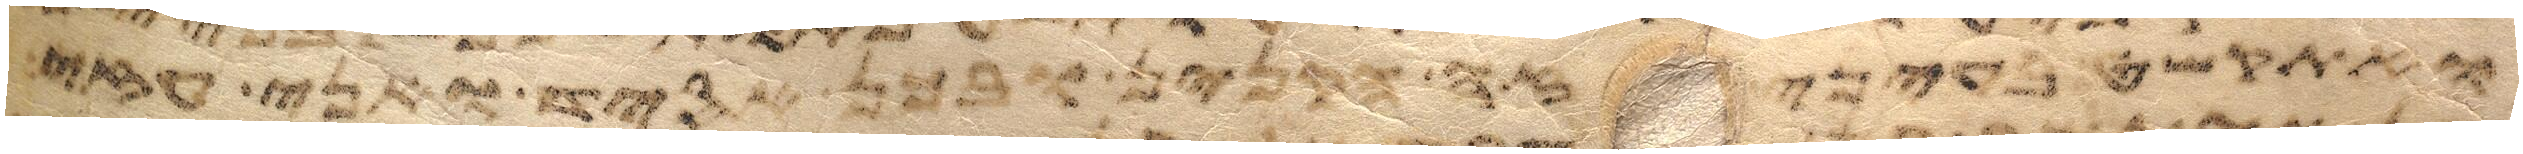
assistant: ואקל בעיניה ישפט יהוה ביני ובינך ויאמר